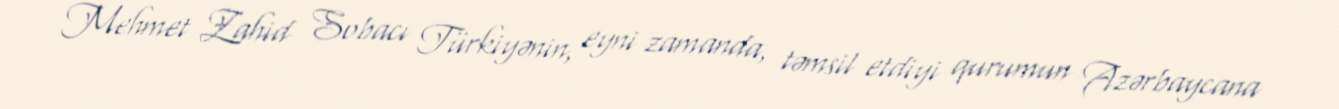
Mehmet Zahid Sobacı Türkiyənin, eyni zamanda, təmsil etdiyi qurumun Azərbaycana